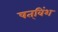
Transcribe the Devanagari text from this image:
षत्‌विंश